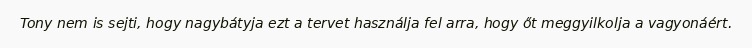
Tony nem is sejti, hogy nagybátyja ezt a tervet használja fel arra, hogy őt meggyilkolja a vagyonáért.